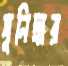
সুনিদ্রার